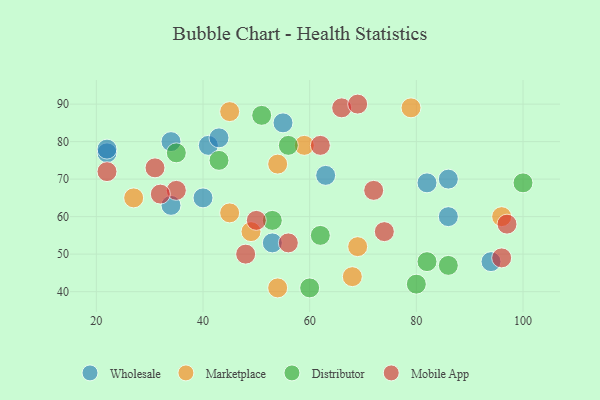
{"axis": {"x": "GDP", "y": "Life Expectancy"}, "legend": ["Distributor", "Marketplace", "Mobile App", "Wholesale"], "data": [{"x": "63", "y": 71, "type": "Wholesale"}, {"x": "22", "y": 77, "type": "Wholesale"}, {"x": "55", "y": 85, "type": "Wholesale"}, {"x": "94", "y": 48, "type": "Wholesale"}, {"x": "86", "y": 70, "type": "Wholesale"}, {"x": "41", "y": 79, "type": "Wholesale"}, {"x": "40", "y": 65, "type": "Wholesale"}, {"x": "53", "y": 53, "type": "Wholesale"}, {"x": "82", "y": 69, "type": "Wholesale"}, {"x": "34", "y": 80, "type": "Wholesale"}, {"x": "22", "y": 78, "type": "Wholesale"}, {"x": "43", "y": 81, "type": "Wholesale"}, {"x": "86", "y": 60, "type": "Wholesale"}, {"x": "34", "y": 63, "type": "Wholesale"}, {"x": "96", "y": 60, "type": "Marketplace"}, {"x": "54", "y": 41, "type": "Marketplace"}, {"x": "59", "y": 79, "type": "Marketplace"}, {"x": "79", "y": 89, "type": "Marketplace"}, {"x": "49", "y": 56, "type": "Marketplace"}, {"x": "27", "y": 65, "type": "Marketplace"}, {"x": "45", "y": 88, "type": "Marketplace"}, {"x": "69", "y": 52, "type": "Marketplace"}, {"x": "45", "y": 61, "type": "Marketplace"}, {"x": "54", "y": 74, "type": "Marketplace"}, {"x": "68", "y": 44, "type": "Marketplace"}, {"x": "62", "y": 55, "type": "Distributor"}, {"x": "35", "y": 77, "type": "Distributor"}, {"x": "53", "y": 59, "type": "Distributor"}, {"x": "43", "y": 75, "type": "Distributor"}, {"x": "86", "y": 47, "type": "Distributor"}, {"x": "51", "y": 87, "type": "Distributor"}, {"x": "60", "y": 41, "type": "Distributor"}, {"x": "82", "y": 48, "type": "Distributor"}, {"x": "100", "y": 69, "type": "Distributor"}, {"x": "56", "y": 79, "type": "Distributor"}, {"x": "80", "y": 42, "type": "Distributor"}, {"x": "97", "y": 58, "type": "Mobile App"}, {"x": "96", "y": 49, "type": "Mobile App"}, {"x": "66", "y": 89, "type": "Mobile App"}, {"x": "62", "y": 79, "type": "Mobile App"}, {"x": "50", "y": 59, "type": "Mobile App"}, {"x": "74", "y": 56, "type": "Mobile App"}, {"x": "48", "y": 50, "type": "Mobile App"}, {"x": "22", "y": 72, "type": "Mobile App"}, {"x": "56", "y": 53, "type": "Mobile App"}, {"x": "35", "y": 67, "type": "Mobile App"}, {"x": "72", "y": 67, "type": "Mobile App"}, {"x": "31", "y": 73, "type": "Mobile App"}, {"x": "69", "y": 90, "type": "Mobile App"}, {"x": "32", "y": 66, "type": "Mobile App"}]}